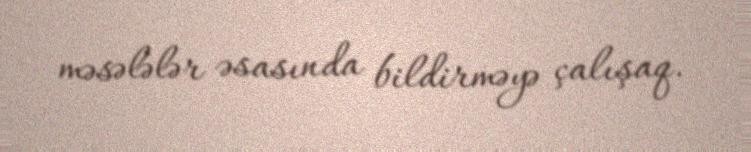
məsələlər əsasında bildirməyə çalışaq.